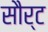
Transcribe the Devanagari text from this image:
सौर्ट